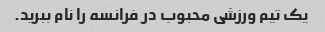
یک تیم ورزشی محبوب در فرانسه را نام ببرید.